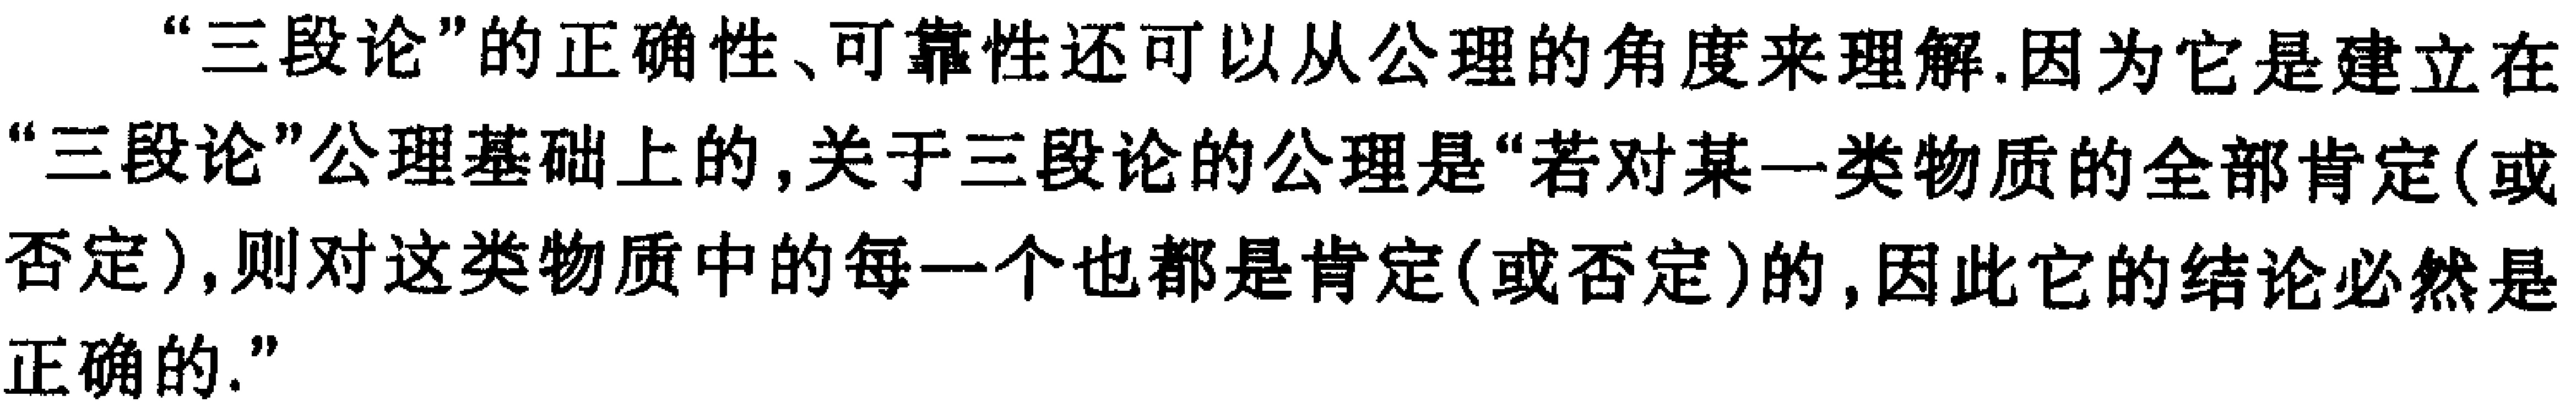
“三段论”的正确性、可靠性还可以从公理的角度来理解.因为它是建立在“三段论”公理基础上的,关于三段论的公理是“若对某一类物质的全部肯定(或否定),则对这类物质中的每一个也都是肯定(或否定)的,因此它的结论必然是正确的.”